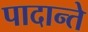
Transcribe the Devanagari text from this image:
पादान्ते